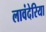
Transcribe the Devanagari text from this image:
लावंदेरिया